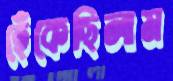
হেঁকেছিলাম